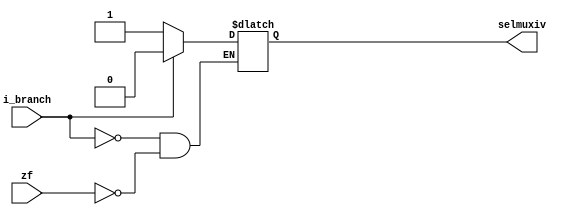
`timescale 1ns/1ps

module gg(
input zf,
input i_branch,
output reg selmuxiv
);

always@(*)begin
	if(zf == 1)begin
		selmuxiv = 1'b1;
	end
	if(i_branch == 1)begin
		selmuxiv = 1'b0;
	end
end
endmodule